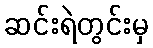
ဆင်းရဲတွင်းမှ